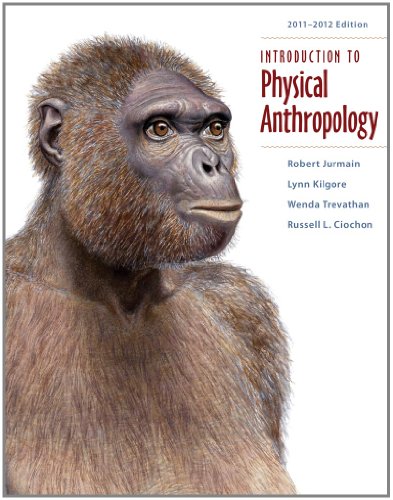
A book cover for Introduction to Physical Anthropology 2011-2012 Edition; Robert Jurmain; Politics & Social Sciences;